Annual administration and progress report of the Indian Medical Department, Bombay
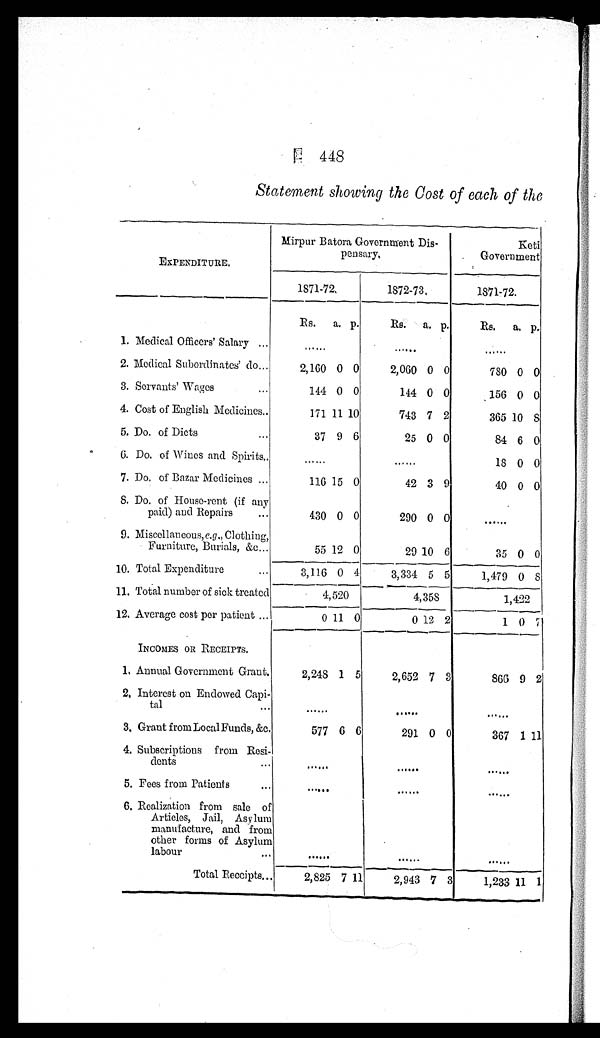
448
Statement showing the Cost of each of the
EXPENDITURE.
Mirpur Batora Government Dis-
pensary.
Keti
Government
1871-72.
1872-73.
1871-72.
Rs.
a. p.
Rs.
a. p.
Rs.
a. p.
1. Medical Officers' Salary . . .
. . .
. . .
. . .
2. Medical Subordinates' do. . . .
2,160 0 0
2,060 0 0
780 0 0
3. Servants' Wages . . .
144 0 0
144 0 0
156 0 0
4. Cost of English Medicines . . .
171 11 10
743 7 2
365 10 8
5. Do. of Diets . . .
37 9 6
25 0 0
84 6 0
6. Do. of Wines and Spirits . . .
. . .
. . .
1 8 0 0
7. Do. of Bazar Medicines . . .
116 15 0
42 3 9
40 0 0
8. Do. of House-rent (if any
paid) and Repairs . . .
430 0 0
290 0 0
. . .
9. Miscellaneous, e.g ., Clothing,
Furniture, Burials, &c . . .
55 12 0
29 10 6
35 0 0
10. Total Expenditure . . .
3 , 1 1 6 0 4
3,334 5 5
1,479 0 8
11. Total number of sick treated
4 , 5 2 0
4,358
1,422
12. Average cost per patient . . .
0 11 0
0 12 2
1 0 7
INCOMES OR RECEIPTS.
1. Annual Government Grant.
2,248 1 5
2,652 7 3
866 9 2
2. Interest on Endowed Capi
-
tal . . .
. . .
. . .
. . .
3. Grant from Local Funds, &c.
577 6 6
291 0 0
367 1 11
4. Subscriptions from Resi
-
dents
. . .
. . .
. . .
5. Fees from Patients . . .
. . .
. . .
. . .
6. Realization from sale of
Articles, Jail, Asylum
manufacture, and from
other forms of Asylum
labour . . .
. . .
. . .
. . .
Total Receipts . . .
2,825 7 11
2,943 7 3
1,233 11 1